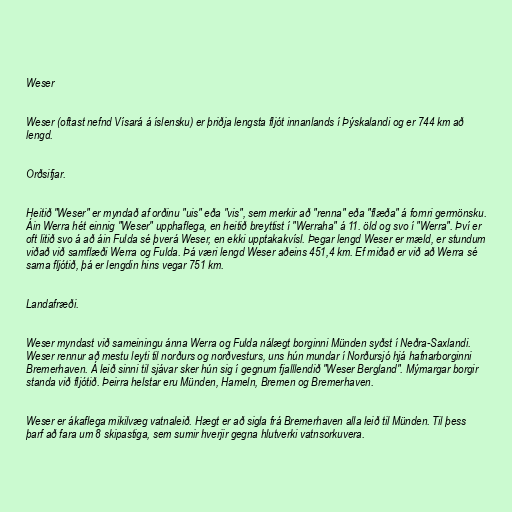
Weser

Weser (oftast nefnd Vísará á íslensku) er þriðja lengsta fljót innanlands í Þýskalandi og er 744 km að
lengd.

Orðsifjar.

Heitið "Weser" er myndað af orðinu "uis" eða "vis", sem merkir að "renna" eða "flæða" á fornri germönsku.
Áin Werra hét einnig "Weser" upphaflega, en heitið breyttist í "Werraha" á 11. öld og svo í "Werra". Því er
oft litið svo á að áin Fulda sé þverá Weser, en ekki upptakakvísl. Þegar lengd Weser er mæld, er stundum
viðað við samflæði Werra og Fulda. Þá væri lengd Weser aðeins 451,4 km. Ef miðað er við að Werra sé
sama fljótið, þá er lengdin hins vegar 751 km.

Landafræði.

Weser myndast við sameiningu ánna Werra og Fulda nálægt borginni Münden syðst í Neðra-Saxlandi.
Weser rennur að mestu leyti til norðurs og norðvesturs, uns hún mundar í Norðursjó hjá hafnarborginni
Bremerhaven. Á leið sinni til sjávar sker hún sig í gegnum fjalllendið "Weser Bergland". Mýmargar borgir
standa við fljótið. Þeirra helstar eru Münden, Hameln, Bremen og Bremerhaven.

Weser er ákaflega mikilvæg vatnaleið. Hægt er að sigla frá Bremerhaven alla leið til Münden. Til þess
þarf að fara um 8 skipastiga, sem sumir hverjir gegna hlutverki vatnsorkuvera.